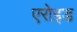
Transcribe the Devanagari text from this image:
एरोइड